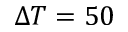
\Delta T = 5 0